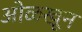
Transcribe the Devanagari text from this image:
अोळखून